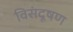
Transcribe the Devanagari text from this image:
विसंदूषण